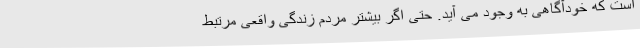
است که خودآگاهی به وجود می آید. حتی اگر بیشتر مردم زندگی واقعی مرتبط